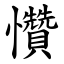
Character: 㦫